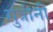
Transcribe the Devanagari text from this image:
सुत्रांनी